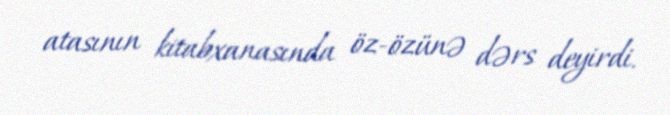
atasının kitabxanasında öz-özünə dərs deyirdi.